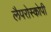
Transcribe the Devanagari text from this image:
लैपरोस्कोपी